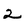
Character: 2